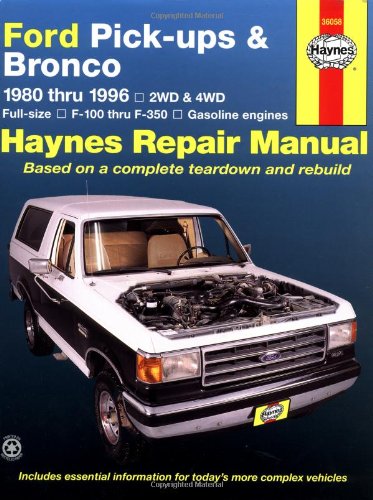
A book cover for Ford Pick-ups & Bronco 1980 thru 1996 2WD & 4WD Full-Size, F-100 thru F-350 Gasoline Engines (Haynes Manuals); John Haynes; Engineering & Transportation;